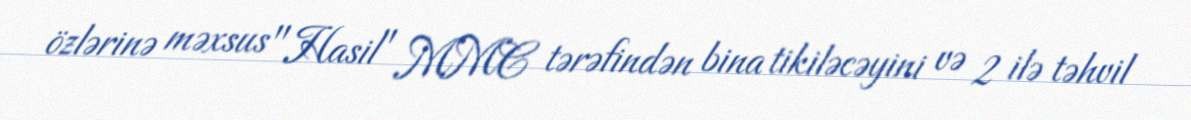
özlərinə məxsus "Hasil" MMC tərəfindən bina tikiləcəyini və 2 ilə təhvil